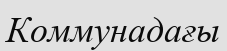
Коммунадағы